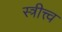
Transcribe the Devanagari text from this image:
स्त्रीत्त्व